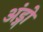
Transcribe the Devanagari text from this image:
अंड्गो